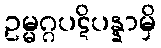
ဥမ္မဂ္ဂပဋိပန္နာမှိ